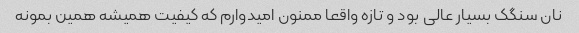
نان سنگک بسیار عالی بود و تازه واقعا ممنون امیدوارم که کیفیت همیشه همین بمونه